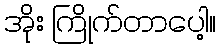
အိုး ကြိုက်တာပေါ့။